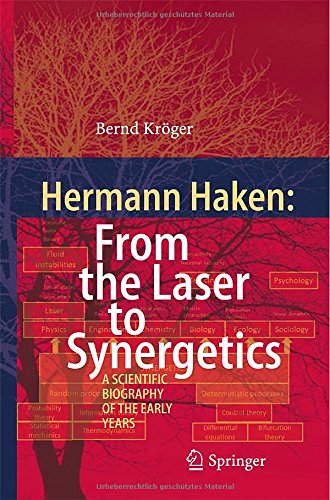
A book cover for Hermann Haken: From the Laser to Synergetics: A Scientific Biography of the Early Years; Bernd KrÃ¶ger; Science & Math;